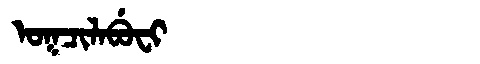
Manchu: ᠣᡴᠴᡳᠯᠠᠪᡠᠸᡳ
Romanization: OKCILABUFI